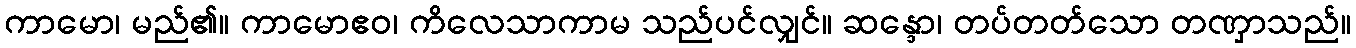
ကာမော၊ မည်၏။ ကာမောဧဝ၊ ကိလေသာကာမ သည်ပင်လျှင်။ ဆန္ဒော၊ တပ်တတ်သော တဏှာသည်။